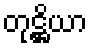
တုဋ္ဌိယာ